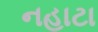
નહાટા